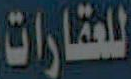
للعقارات